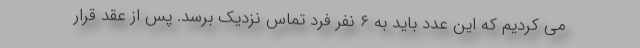
می کردیم که این عدد باید به ۶ نفر فرد تماس نزدیک برسد. پس از عقد قرار